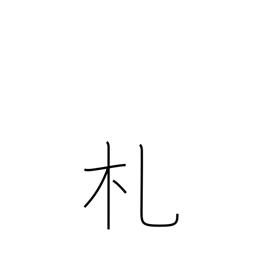
Meaning: placard